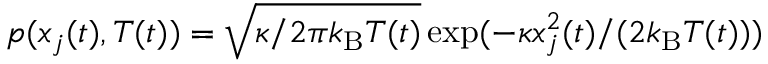
p ( x _ { j } ( t ) , T ( t ) ) = \sqrt { \kappa / 2 \pi k _ { \mathrm { B } } T ( t ) } \exp ( - \kappa x _ { j } ^ { 2 } ( t ) / ( 2 k _ { \mathrm { B } } T ( t ) ) )